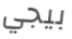
بيجي